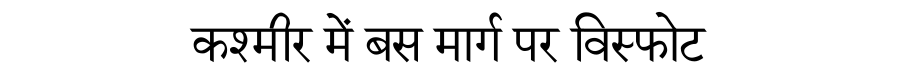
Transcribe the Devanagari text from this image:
कश्मीर में बस मार्ग पर विस्फोट